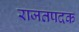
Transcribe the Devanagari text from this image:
राजतपदक